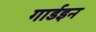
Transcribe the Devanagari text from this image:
गार्डइन